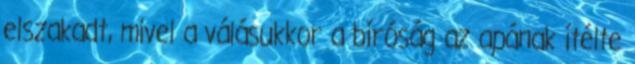
elszakadt, mivel a válásukkor a bíróság az apának ítélte